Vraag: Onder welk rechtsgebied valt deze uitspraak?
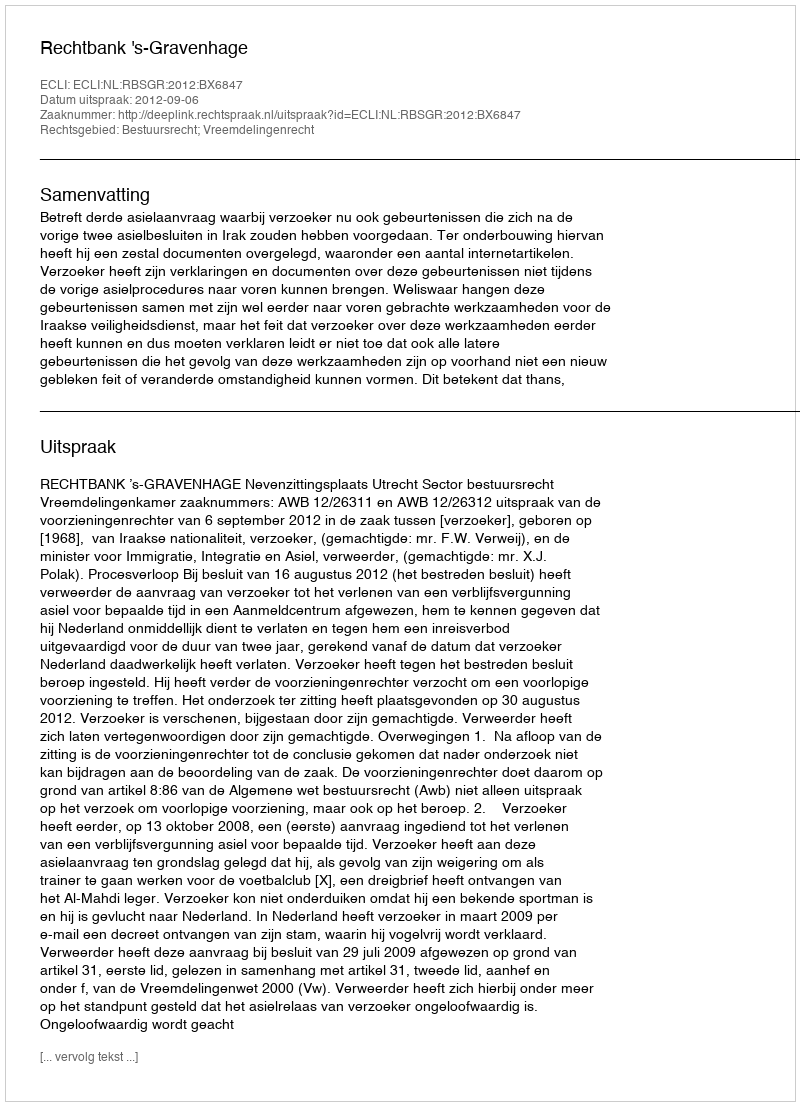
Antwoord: Bestuursrecht; Vreemdelingenrecht